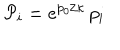
{ \cal P } _ { i } = e ^ { p _ { 0 } / \kappa } \, p _ { i }